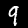
Digit: 9